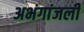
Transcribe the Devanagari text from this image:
अभंगांजली